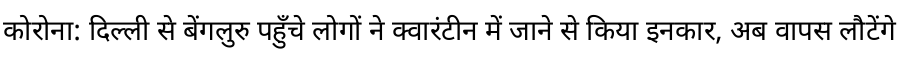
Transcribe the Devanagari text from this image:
कोरोना: दिल्ली से बेंगलुरु पहुँचे लोगों ने क्वारंटीन में जाने से किया इनकार, अब वापस लौटेंगे